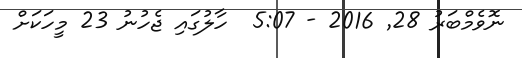
ނޮވެމްބަރު 28